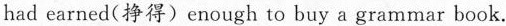
had earned(挣得)enough to buy a grammar book.